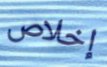
إخلاص